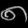
Digit: ၈